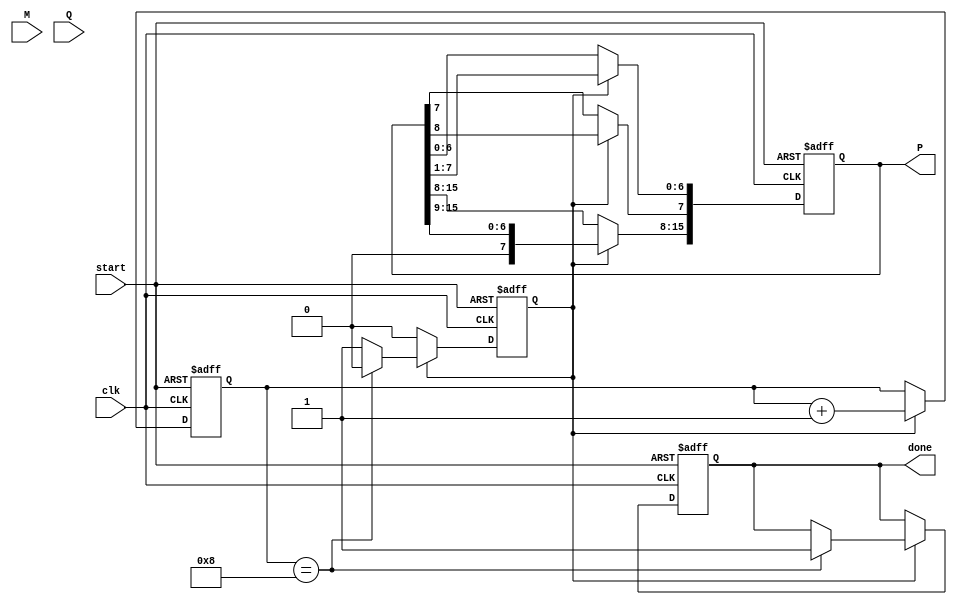
module booth_multiplier #(
    parameter WIDTH = 8 // Bit width for multiplicands and multipliers
)(
    input signed [WIDTH-1:0] M, // Multiplicand
    input signed [WIDTH-1:0] Q, // Multiplier
    input clk,
    input start,
    output reg [2*WIDTH-1:0] P, // Product (P = M * Q)
    output reg done // Signal to indicate multiplication is completed
);

    reg signed [WIDTH-1:0] M_reg; // Register for multiplicand
    reg signed [WIDTH-1:0] Q_reg; // Register for multiplier
    reg [WIDTH-1:0] Q_neg; // Q shifted and negated for subtraction
    reg [WIDTH-1:0] Q_prev; // Register for storing Q(-1)
    reg [3:0] count; // Counter for the number of iterations
    reg working; // Signal to indicate if multiplication is in progress

    always @(posedge clk or negedge start) begin
        if (!start) begin
            // Reset on start signal low
            P <= 0;
            Q_reg <= Q;
            M_reg <= M;
            Q_prev <= 0;
            count <= 0;
            working <= 1;
            done <= 0;
        end else if (working) begin
            // Perform Booth's Multiplication Algorithm
            case ({Q_reg[0], Q_prev})
                2'b01: P <= P + M_reg; // Add M to P
                2'b10: P <= P - M_reg; // Subtract M from P
                default: ; // Do nothing
            endcase

            // Prepare for next iteration
            Q_prev <= Q_reg[0]; // Update Q(-1)
            P <= P >>> 1; // Shift P right
            P[WIDTH - 1] <= P[WIDTH]; // Sign extension (keep the sign bit)
            Q_reg <= Q_reg >>> 1; // Shift Q right

            // Count iterations
            count <= count + 1;

            // Check for completion
            if (count == WIDTH) begin
                working <= 0;
                done <= 1; // Signal that multiplication is done
            end
        end
    end
endmodule